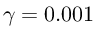
\gamma = 0 . 0 0 1